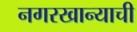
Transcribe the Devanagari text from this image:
नगरखान्याची